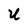
Character: U